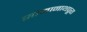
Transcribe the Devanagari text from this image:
सोमानाथपूरा